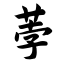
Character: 荸